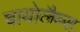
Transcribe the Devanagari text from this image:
बायोलैब्स